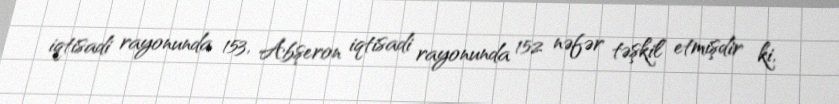
iqtisadi rayonunda 153, Abşeron iqtisadi rayonunda 152 nəfər təşkil etmişdir ki,